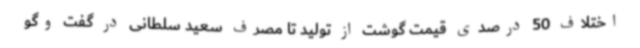
اختلاف 50 درصدی قیمت گوشت از تولید تا مصرف سعید سلطانی در گفت وگو